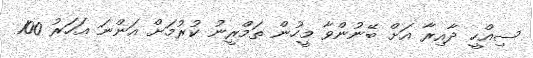
ސިއްހީ ދާއިރާ އަށް ބޭނުންވާ މީހުން ތަމްރީނު ކުރުމަށް އަންނަ އަހަރު 100